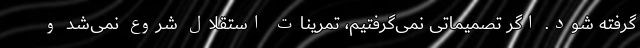
گرفته شود. اگر تصمیماتی نمی‌گرفتیم، تمرینات استقلال شروع نمی‌شد و